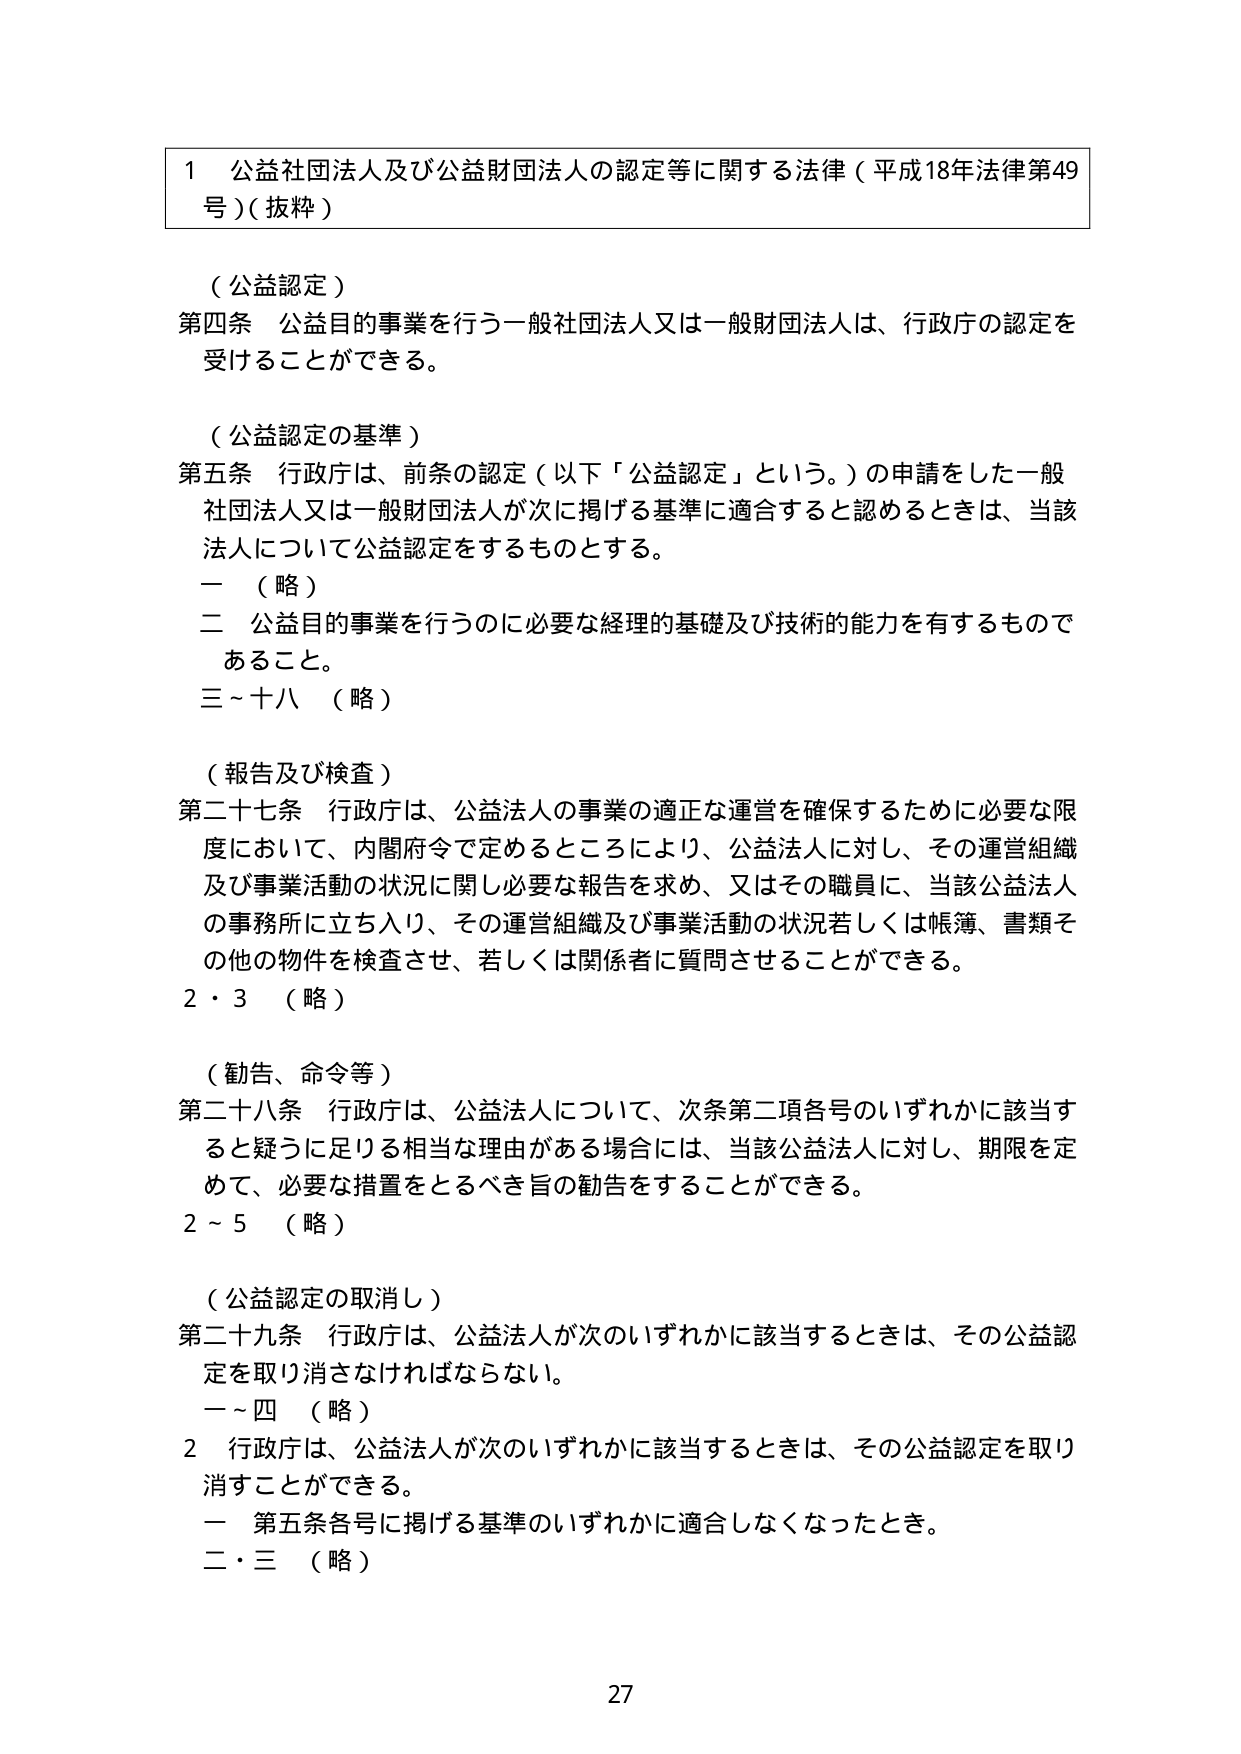
1 公益社団法人及び公益財団法人の認定等に関する法律（平成18年法律第49号）（抜粋）

（公益認定）
第四条 公益目的事業を行う一般社団法人又は一般財団法人は、行政庁の認定を受けることができる。

（公益認定の基準）
第五条 行政庁は、前条の認定（以下「公益認定」という。）の申請をした一般社団法人又は一般財団法人が次に掲げる基準に適合すると認めるときは、当該法人について公益認定をするものとする。
一 （略）
二 公益目的事業を行うのに必要な経理的基礎及び技術的能力を有するものであること。
三～十八 （略）

（報告及び検査）
第二十七条 行政庁は、公益法人の事業の適正な運営を確保するために必要な限度において、内閣府令で定めるところにより、公益法人に対し、その運営組織及び事業活動の状況に関し必要な報告を求め、又はその職員に、当該公益法人の事務所に立ち入り、その運営組織及び事業活動の状況若しくは帳簿、書類その他の物件を検査させ、若しくは関係者に質問させることができる。
2・3 （略）

（勧告、命令等）
第二十八条 行政庁は、公益法人について、次条第二項各号のいずれかに該当すると疑うに足りる相当な理由がある場合には、当該公益法人に対し、期限を定めて、必要な措置をとるべき旨の勧告をすることができる。
2～5 （略）

（公益認定の取消し）
第二十九条 行政庁は、公益法人が次のいずれかに該当するときは、その公益認定を取り消さなければならない。
一～四 （略）
2 行政庁は、公益法人が次のいずれかに該当するときは、その公益認定を取り消すことができる。
一 第五条各号に掲げる基準のいずれかに適合しなくなったとき。
二・三 （略）

27